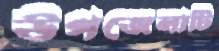
উপজেলাটি